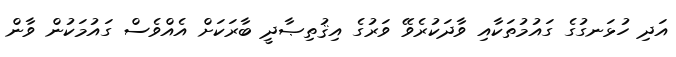
އަދި ހުޅަނގުގެ ގައުމުތަކާއި ވާދަކުރެވޭ ވަރުގެ އިޤުތިޞާދީ ބާރަކަށް އެއްވެސް ގައުމަކުން ވާން